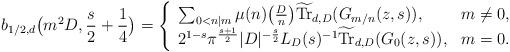
LaTeX: \begin{align*}b_{1/2,d}\bigl(m^2D,\frac{s}{2}+\frac{1}{4}\bigr) = \left\{\begin{array}{ll}\sum_{0<n|m}\mu(n)\bigl(\frac{D}{n}\bigr)\widetilde{\mathrm{Tr}}_{d,D}(G_{m/n}(z,s)), &m\neq 0,\\2^{1-s}\pi^{\frac{s+1}{2}}|D|^{-\frac{s}{2}}L_D(s)^{-1}\widetilde{\mathrm{Tr}}_{d,D}(G_0(z,s)), &m=0.\end{array} \right.\end{align*}